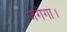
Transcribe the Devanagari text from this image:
जगेगा।